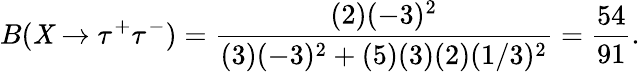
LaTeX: B(\mathit{X}\rightarrow\tau^{+}\tau^{-})={\frac{{(2)(-3)^{2}}}{{(3)(-3)^{2}+(5)(3)(2)(1/3)^{2}}}}={\frac{{54}}{{91}}}.